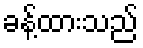
ခန့်ထားသည်